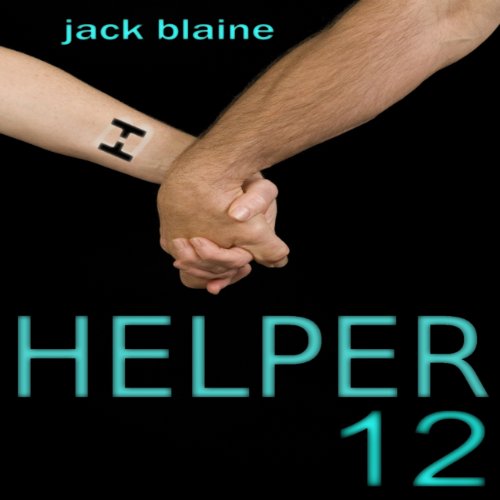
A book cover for Helper12; Jack Blaine; Romance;